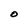
Character: O